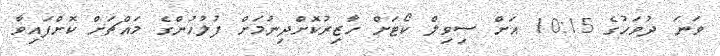
ވަނަ ދުވަހުގެ 10:15 އަށް ސިވިލް ކޯޓަށް ހާޒިރުކޮށްދިނުމަށް ފުލުހުންގެ މައްޗަށް ކޮށްފައިވާ